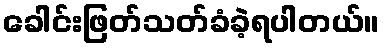
ခေါင်းဖြတ်သတ်ခံခဲ့ရပါတယ်။